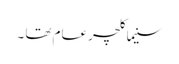
سنیما کلچر عام تھا ۔